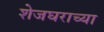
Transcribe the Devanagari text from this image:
शेजघराच्या